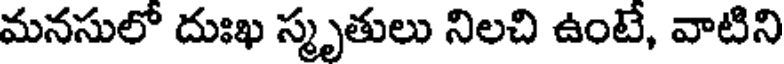
మనసులో దుఃఖ స్మృతులు నిలచి ఉంటే, వాటిని